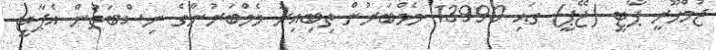
ޖުމްހޫރީ ޕާޓީ (ޖޭޕީ) ގައި 13990 މެމްބަރުން ތިބިއިރު މެމްބަރުންގެ ނިސްބަތުން އެޕާޓީ